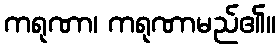
ကရုဏာ၊ ကရုဏာမည်၏။